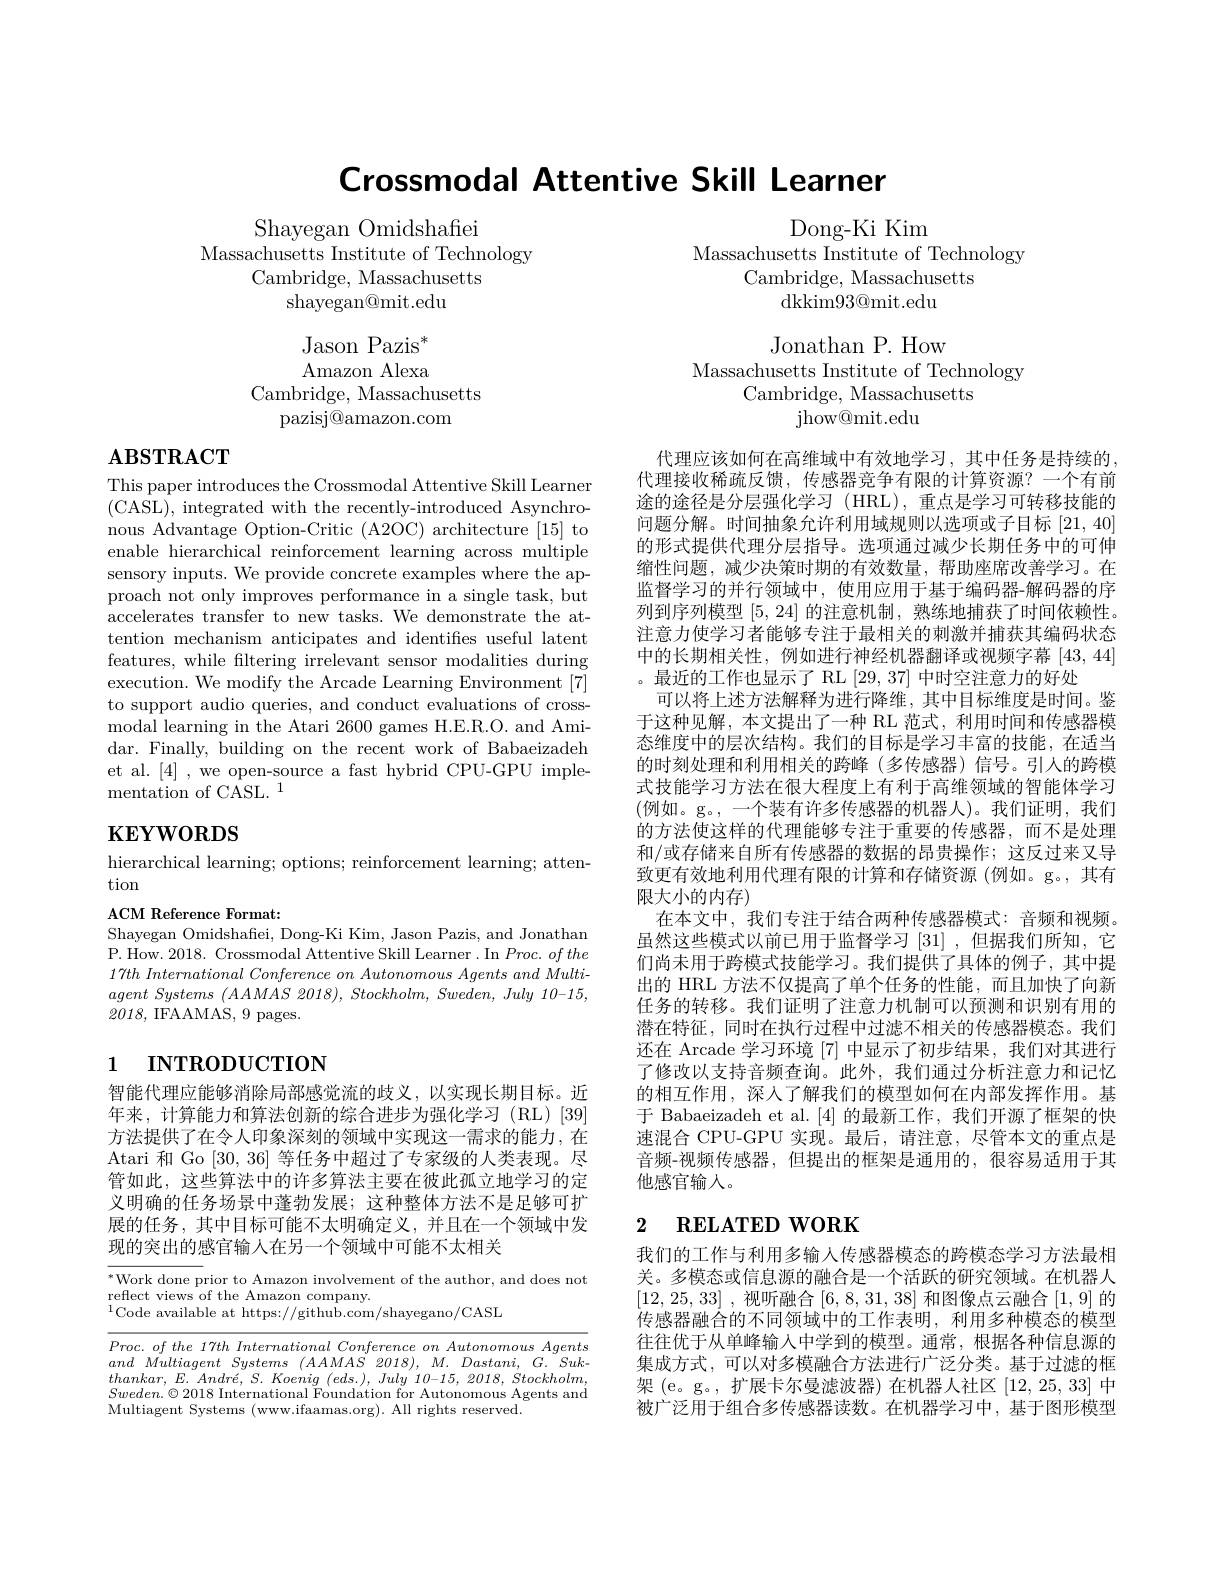
Crossmodal Attentive Skill Learner

Shayegan Omidshafiei
Massachusetts Institute of Technology
Cambridge, Massachusetts
shayegan@mit.edu

Jason Pazis$^*$ Amazon Alexa
Cambridge, Massachusetts
pazisj@amazon.com

# $\mathbf{ABSTRACT}$

This paper introduces the Crossmodal Attentive Skill Learner (CASL), integrated with the recently-introduced Asynchronous Advantage Option-Critic (A2OC) architecture [15] to enable hierarchical reinforcement learning across multiple sensory inputs. We provide concrete examples where the approach not only improves performance in a single task, but accelerates transfer to new tasks. We demonstrate the attention mechanism anticipates and identifies useful latent features, while filtering irrelevant sensor modalities during execution. We modify the Arcade Learning Environment [7] to support audio queries, and conduct evaluations of crossmodal learning in the Atari 2600 games H.E.R.O. and Amidar. Finally, building on the recent work of Babaeizadeh et al. [4] , we open-source a fast hybrid CPU-GPU implementation of CASL. 1

# $\mathbf{KEYWORDS}$

hierarchical learning; options; reinforcement learning; atten-
tion

ACM Reference Format:
Shayegan Omidshafiei, Dong-Ki Kim, Jason Pazis, and Jonathan P. How. 2018. Crossmodal Attentive Skill Learner. In $Proc.ofthe$ $17th\textit{ International Conference on Autonomous Agents and Multi- }$ $agent\textit{ Systems }( AAMAS\textit{ 2018}) , \textit{ Stockholm, Sweden, July 10- 15}$, 2018, IFAAMAS, 9 pages.

# 1 INTRODUCTION

智能代理应能够消除局部感觉流的歧义，以实现长期目标。近年来，计算能力和算法创新的综合进步为强化学习(RL)[39] 方法提供了在令人印象深刻的领域中实现这一需求的能力，在Atari 和 Go [30,36]等任务中超过了专家级的人类表现。尽管如此，这些算法中的许多算法主要在彼此孤立地学习的定义明确的任务场景中蓬勃发展；这种整体方法不是足够可扩展的任务，其中目标可能不太明确定义，并且在一个领域中发现的突出的感官输入在另一个领域中可能不太相关

$^*$Work done prior to Amazon involvement of the author, and does not
reflect views of the Amazon company.
$^{1}$Code available at https://github.com/shayegano/CASL

$Proc.ofthe17thInternationalConferenceonAutonomousAgents$ and Multiagent Systems $( AAMAS$ 2018), $M.$ $Dastani$, $G.$ $Suk-$ $thankar$, $E.$ $Andr\acute{e} $, $S.$ Koenig $( eds. ) $, July 10-15, 2018, $Stockholm$, $Sweden. \odot$ 2018 International Foundation for Autonomous Agents and Multiagent Svstems ( www. ifaamas. org) . All rights reserved Multiagent Systems (www.ifaamas.org). All rights reserved.

Dong-Ki Kim
Massachusetts Institute of Technology
Cambridge, Massachusetts
dkkim$93@$mit.edu

Jonathan P. How
Massachusetts Institute of Technology
Cambridge, Massachusetts
jhow@ mit. edu

代理应该如何在高维域中有效地学习，其中任务是持续的， 代理接收稀疏反馈，传感器竞争有限的计算资源？一个有前途的途径是分层强化学习 (HRL),重点是学习可转移技能的问题分解。时间抽象允许利用域规则以选项或子目标[21,40] 的形式提供代理分层指导。选项通过减少长期任务中的可伸缩性问题，减少决策时期的有效数量，帮助座席改善学习。在监督学习的并行领域中，使用应用于基于编码器-解码器的序列到序列模型[5,24]的注意机制 ,熟练地捕获了时间依赖性。注意力使学习者能够专注于最相关的刺激并捕获其编码状态中的长期相关性，例如进行神经机器翻译或视频字幕[43,44] 。最近的工作也显示了 RL [29,37]中时空注意力的好处
可以将上述方法解释为进行降维，其中目标维度是时间。鉴于这种见解，本文提出了一种 RL 范式，利用时间和传感器模态维度中的层次结构。我们的目标是学习丰富的技能，在适当的时刻处理和利用相关的跨峰(多传感器)信号。引人的跨模式技能学习方法在很大程度上有利于高维领域的智能体学习(例如。g。,一个装有许多传感器的机器人)。我们证明，我们的方法使这样的代理能够专注于重要的传感器，而不是处理和/或存储来自所有传感器的数据的昂贵操作；这反过来又导致更有效地利用代理有限的计算和存储资源 (例如。g。, 其有限大小的内存)
在本文中，我们专注于结合两种传感器模式：音频和视频。虽然这些模式以前已用于监督学习[31] ,但据我们所知 ,它们尚未用于跨模式技能学习。我们提供了具体的例子，其中提出的 HRL 方法不仅提高了单个任务的性能，而且加快了向新任务的转移。我们证明了注意力机制可以预测和识别有用的潜在特征，同时在执行过程中过滤不相关的传感器模态。我们还在 Arcade 学习环境[7]中显示了初步结果，我们对其进行了修改以支持音频查询。此外，我们通过分析注意力和记忆的相互作用，深入了解我们的模型如何在内部发挥作用。基于 Babaeizadeh et al.[4] 的最新工作，我们开源了框架的快速混合 CPU-GPU 实现。最后，请注意，尽管本文的重点是音频-视频传感器，但提出的框架是通用的，很容易适用于其他感官输人。

# 2 $\textbf{RELATED WORK}$

我们的工作与利用多输人传感器模态的跨模态学习方法最相关。多模态或信息源的融合是一个活跃的研究领域。在机器人[12,25,33] ,视听融合[6,8,31,38] 和图像点云融合[1,9] 的传感器融合的不同领域中的工作表明，利用多种模态的模型往往优于从单峰输入中学到的模型。通常，根据各种信息源的集成方式，可以对多模融合方法进行广泛分类。基于过滤的框架(e。g。, 扩展卡尔曼滤波器) 在机器人社区[12,25,33]中被广泛用于组合多传感器读数。在机器学习中，基于图形模型